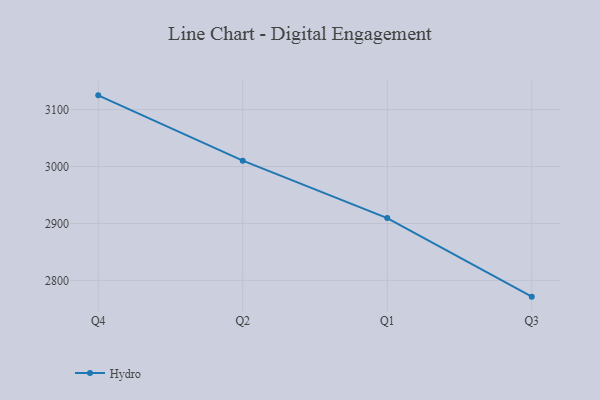
{"axis": {"x": "Quarter", "y": "Revenue (USD Million)"}, "legend": ["Hydro"], "data": [{"x": "Q4", "y": 3125.1, "type": "Hydro"}, {"x": "Q2", "y": 3010.3, "type": "Hydro"}, {"x": "Q1", "y": 2909.5, "type": "Hydro"}, {"x": "Q3", "y": 2771.5, "type": "Hydro"}]}